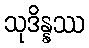
သုဒိန္နဿ